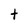
Character: t